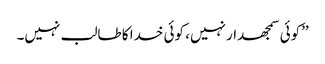
’’کوئی سمجھدار نہیں، کوئی خدا کا طالب نہیں۔